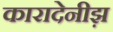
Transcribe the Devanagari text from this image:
कारादेनीझ़